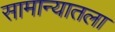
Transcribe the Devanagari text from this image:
सामान्यातला